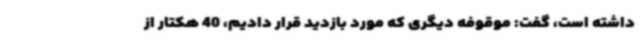
داشته است، گفت: موقوفه دیگری که مورد بازدید قرار دادیم، 40 هکتار از